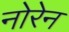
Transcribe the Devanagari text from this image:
नोरेन